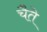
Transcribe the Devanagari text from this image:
चैते